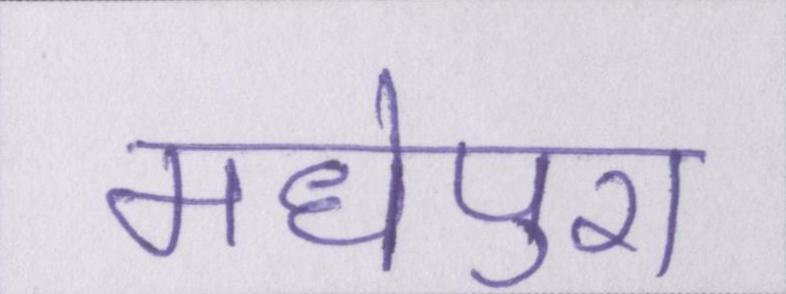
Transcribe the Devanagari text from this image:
मधेपुरा